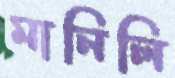
মানিলি